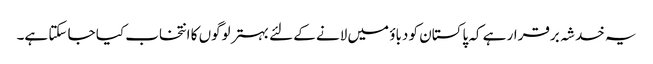
یہ خدشہ برقرار ہے کہ پاکستان کو دباؤ میں لانے کے لئے بہتر لوگوں کا انتخاب کیا جا سکتا ہے۔